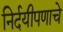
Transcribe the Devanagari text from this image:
निर्दयीपणाचे